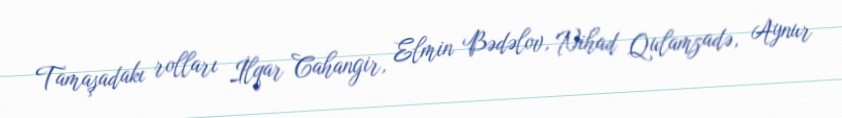
Tamaşadakı rolları İlqar Cahangir, Elmin Bədəlov, Nihad Qulamzadə, Aynur